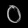
Digit: ၀